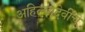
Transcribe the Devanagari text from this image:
अहिल्यादेवींचे